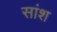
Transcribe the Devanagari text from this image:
सांश